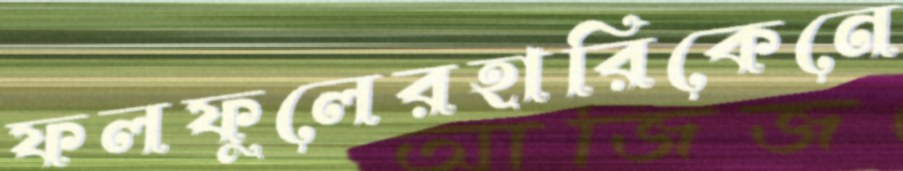
ফলফুলেরহারিকেনে